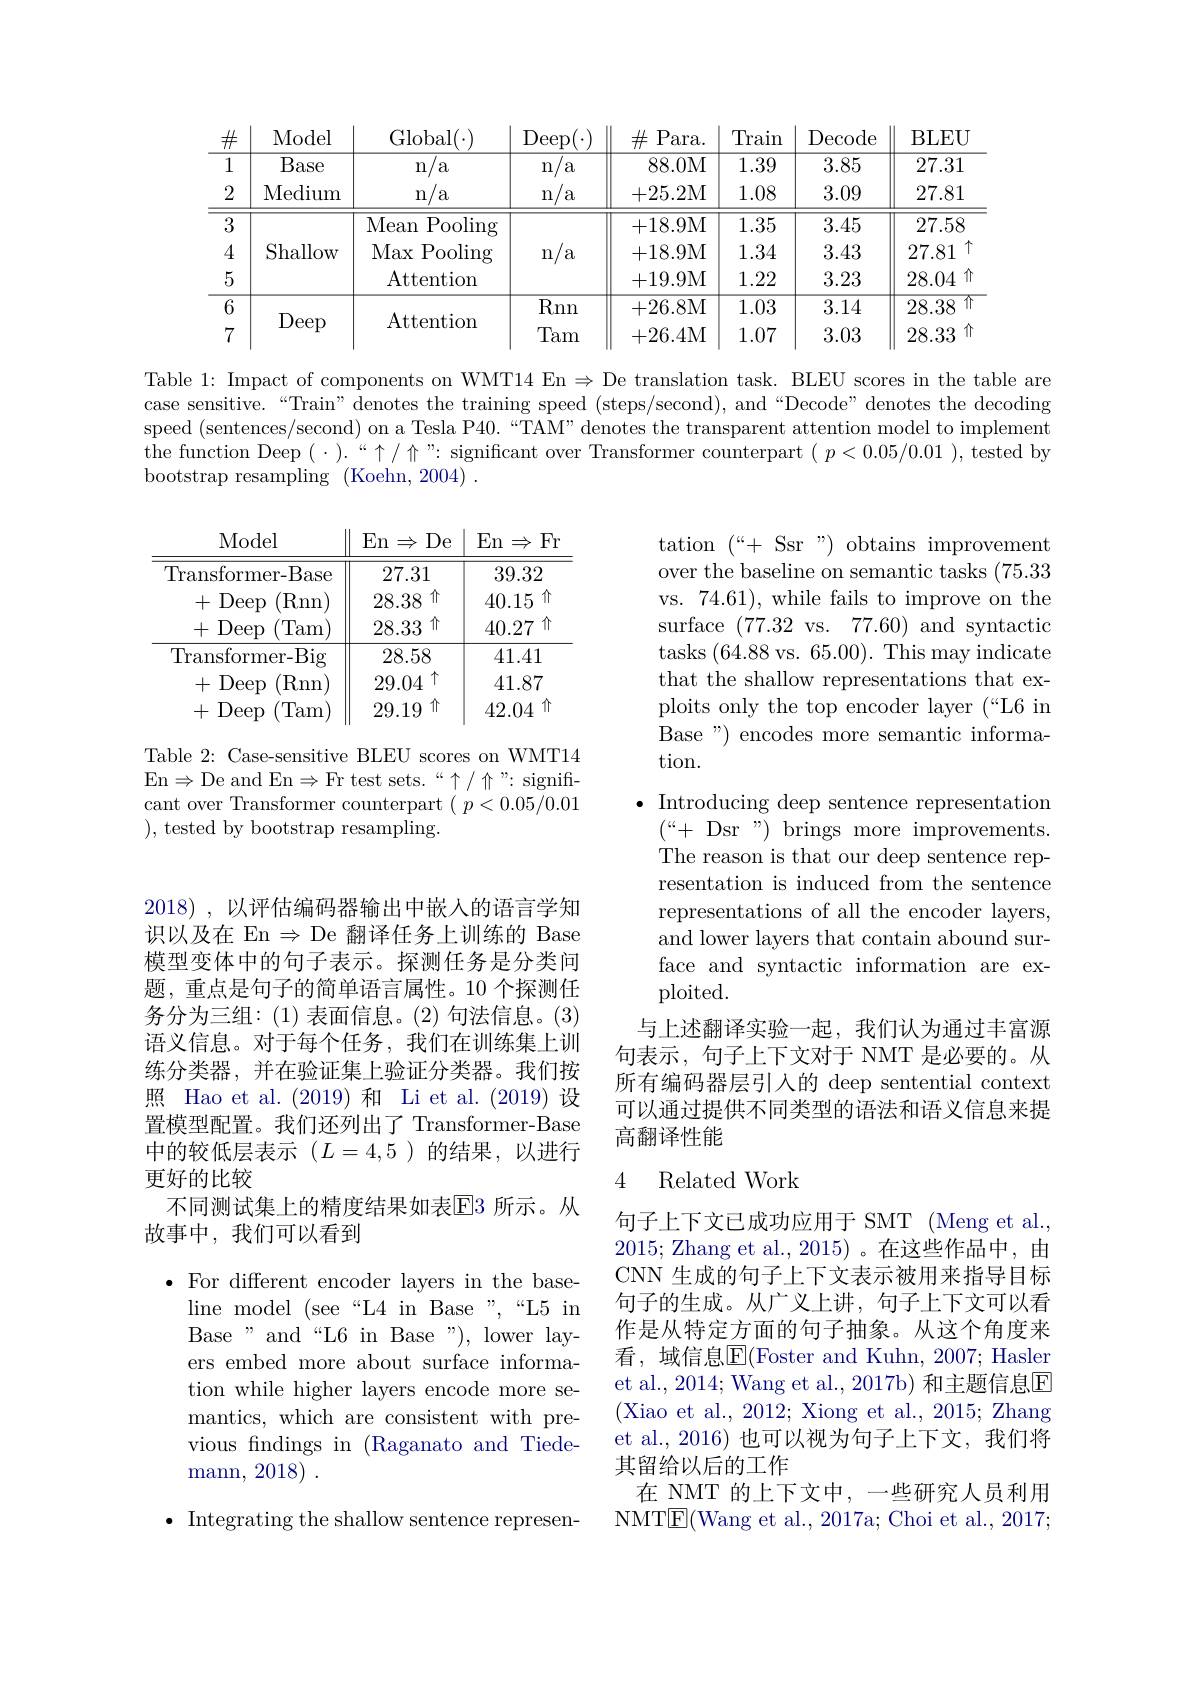
<table>
	<tbody>
		<tr>
			<th>$\#$</th>
			<th>Model</th>
			<th>Global( </th>
			<th>Deep</th>
			<th>$\#$P$i$ $^{\prime }$ara. </th>
			<th>Train</th>
			<th>Decode</th>
			<th>BLEU</th>
		</tr>
		<tr>
			<td>1</td>
			<td>Base</td>
			<td>a n</td>
			<td>n a</td>
			<td>88.0M</td>
			<td>1.39</td>
			<td>3.85</td>
			<td>27.31</td>
		</tr>
		<tr>
			<td>2</td>
			<td>Medium</td>
			<td>n/a</td>
			<td>$m$ $a$</td>
			<td>+25.2M</td>
			<td>1.08</td>
			<td>3.09</td>
			<td>27.81</td>
		</tr>
		<tr>
			<td>3</td>
			<td rowspan="3">Shallow</td>
			<td>Mean Pooling</td>
			<td> </td>
			<td>+18.9M</td>
			<td>1.35</td>
			<td>3.45</td>
			<td>27.58</td>
		</tr>
		<tr>
			<td>4</td>
			<td>Max Pooling</td>
			<td>a $\Upsilon n$</td>
			<td>+18.9M</td>
			<td>1.34</td>
			<td>3.43</td>
			<td>27.81</td>
		</tr>
		<tr>
			<td>5</td>
			<td>Attention</td>
			<td> </td>
			<td>+19.9M</td>
			<td>1.22</td>
			<td>3.23</td>
			<td>28.04</td>
		</tr>
		<tr>
			<td>6</td>
			<td rowspan="2">Deep</td>
			<td> </td>
			<td>Rnn</td>
			<td>+26.8M</td>
			<td>1.03</td>
			<td>3.14</td>
			<td>28.38</td>
		</tr>
		<tr>
			<td>7</td>
			<td>AUCILOII</td>
			<td>Tam</td>
			<td>+26.4M</td>
			<td>1.07</td>
			<td>3.03</td>
			<td>28.33</td>
		</tr>
	</tbody>
</table>

Table 1: Impact of components on WMT14 En $\Rightarrow$ De translation task. BLEU scores in the table are case sensitive.“Train” denotes the training speed (steps/second), and“Decode” denotes the decoding speed (sentences/second) on a Tesla P40.“TAM” denotes the transparent attention model to implement the function Deep $(\cdot).``\uparrow/\uparrow$ ": significant over Transformer counterpart $(p<0.05/0.01)$, tested by bootstrap resampling (Koehn,2004)~.

Table 2: Case-sensitive BLEU scores on WMT14 En$\Rightarrow$De and En$\Rightarrow$Fr test sets.“个/ 个”: significant over Transformer counterpart $(p<0.05/0.01$ ), tested by bootstrap resampling.

tation $(“+$ Ssr") obtains improvement over the baseline on semantic tasks (75.33 vs. 74.61), while fails to improve on the surface (77.32 vs.77.60) and syntactic tasks (64.88 vs. 65.00). This may indicate that the shallow representations that exploits only the top encoder layer (“L6 in Base") encodes more semantic information.
$\bullet$ Introducing deep sentence representation
${\binom{“}{+}}$ Dsr") brings more improvements. The reason is that our deep sentence representation is induced from the sentence representations of all the encoder layers, and lower layers that contain abound surface and syntactic information are exploited.
与上述翻译实验一起，我们认为通过丰富源句表示，句子上下文对于 NMT 是必要的。从所有编码器层引入的 deep sentential context 可以通过提供不同类型的语法和语义信息来提高翻译性能

2018) , 以评估编码器输出中嵌入的语言学知识以及在 En $\Rightarrow$ De 翻译任务上训练的 Base 模型变体中的句子表示。探测任务是分类问题，重点是句子的简单语言属性。10 个探测任务分为三组：(1) 表面信息。(2) 句法信息。(3) 语义信息。对于每个任务，我们在训练集上训练分类器，并在验证集上验证分类器。我们按照 Hao et al.(2019)和 Li et al.(2019)设置模型配置。我们还列出了 Transformer-Base 中的较低层表示($L=4,5$)的结果，以进行更好的比较
不同测试集上的精度结果如表$\overline{\mathrm{E}}$3 所示。从
故事中，我们可以看到

## 4 Related Work

句子上下文已成功应用于 SMT (Meng et al., 2015; Zhang et al.,2015)。在这些作品中，由CNN 生成的句子上下文表示被用来指导目标句子的生成。从广义上讲，句子上下文可以看作是从特定方面的句子抽象。从这个角度来看，域信息$\overline{\mathrm{E}}($Foster and Kuhn, 2007; Hasler et al., 2014; Wang et al., 2017b) 和主题信息$\overline{\mathrm{E}}$ (Xiao et al., 2012; Xiong et al., 2015; Zhang et al., 2016) 也可以视为句子上下文，我们将其留给以后的工作
在 NMT 的上下文中，一些研究人员利用NMTE(Wang et al., 2017a; Choi et al., 2017;

$\bullet{\mathrm{~For~different~encoder~layers~in~the~base-}}$
line model (see“L4 in Base”,“L5 in Base" and“L6 in Base”), lower layers embed more about surface information while higher layers encode more semantics, which are consistent with previous findings in (Raganato and Tiede- $\operatorname* { mann, } 2018)$ .

$\bullet$ Integrating the shallow sentence represen-